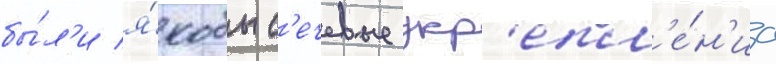
бы́л'и я́кобы с'ечевые укр'епл'е́н'иа